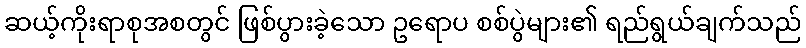
ဆယ့်ကိုးရာစုအစတွင် ဖြစ်ပွားခဲ့သော ဥရောပ စစ်ပွဲများ၏ ရည်ရွယ်ချက်သည်